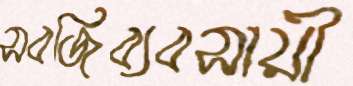
সবজিব্যবসায়ী